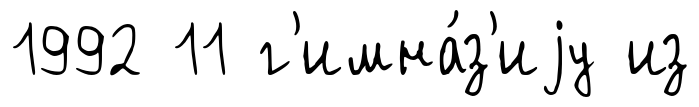
1992 11 г'имна́з'иjу из